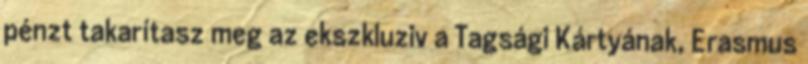
pénzt takarítasz meg az ekszkluziv a Tagsági Kártyának, Erasmus